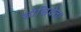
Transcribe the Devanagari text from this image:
सोसियेता